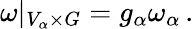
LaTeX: \omega|_{V_{\alpha}\times G}=g_{\alpha}\omega_{\alpha}\, .